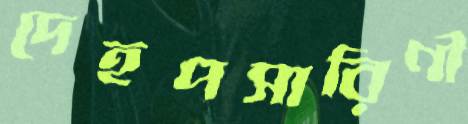
দেহপসারিণী